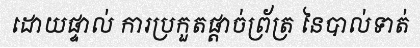
ដោយផ្ទាល់ ការប្រកួតផ្តាច់ព្រ័ត្រ នៃបាល់ទាត់